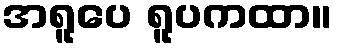
အရူပေ ရူပကထာ။